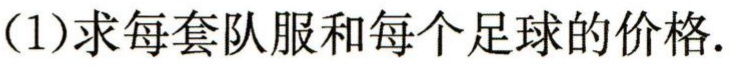
(1)求每套队服和每个足球的价格.